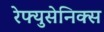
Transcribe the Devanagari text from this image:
रेफ्युसेनिक्स